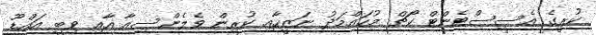
ކުރީގެ އެސިސްޓެންޓް ކޯޗް މުހައްމަދު ނަޒީހާއި ކުރިން ވެލެންސިއާ އާއި ވިބީ އައްޑޫ